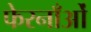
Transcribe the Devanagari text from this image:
फेरनाँओं